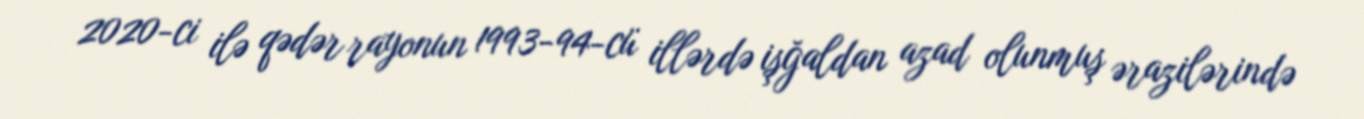
2020-ci ilə qədər rayonun 1993-94-cü illərdə işğaldan azad olunmuş ərazilərində